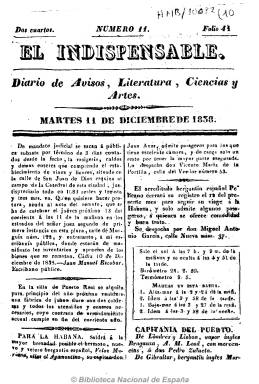
Título: El Indispensable (Cádiz)
Colección: Periódicos anteriores a 1850
Ámbito geográfico: Cádiz
Lugar de publicación: Cádiz
Fechas: 11/12/1838-11/12/1838

Con el subtítulo “diario de avisos, literatura, ciencias y artes”, comenzó a publicarse en diciembre de 1838, en la Imprenta de La Concordia, un establecimiento que ya en las Cortes doceañistas estuvo ligado a publicaciones liberales. Debió ser este el matiz ideológico de este diario, aunque del único número que se conoce de este título gaditano, correspondiente al martes, once de diciembre de ese año, se desprende que sus cuatro páginas con foliación continua, estampadas a dos columnas, están destinadas casi a partes iguales a ofrecer noticias de carácter económico y local y a textos literarios. Así, da cuenta de la subasta de un establecimiento de licores, del alquiler de una fábrica y, principalmente, del movimiento del tránsito portuario. Tiene una sección dedicada a la meteorología y las mareas. Además de un texto en verso, incluye una serie bio-bibliográfica dedicada a Poetas dramáticos, y en el texto firmado en este número, con las iniciales J.C., está dedicado al primer gran dramaturgo portugués Gil Vicente, así como el capítulo de un folletín. En ese mismo año aparecieron otros diarios en Cádiz, como El Nacional, de carácter progresista, y El Globo, que polemizó con el anterior, pero El Indispensable no debió hacer “honor a su cabecera”, tal como señala Checa Godoy (2009 y 2011), pues no debió durar mucho más la existencia de este diario, con formato típico de una época en la que quedaría consolidado el sistema liberal de partidos, el progresista y el moderado.